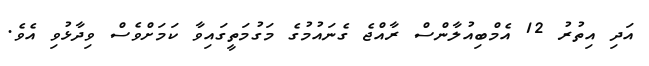
އަދި އިތުރު 12 އެމްބިއުލާންސް ރާއްޖެ ގެނައުމުގެ މަގުމަތީގައިވާ ކަމަށްވެސް ވިދާޅުވި އެވެ.